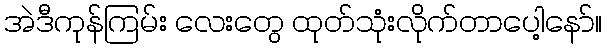
အဲဒီကုန်ကြမ်း လေးတွေ ထုတ်သုံးလိုက်တာပေါ့နော်။